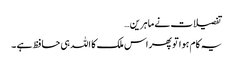
تفصیلات نے ماہرین…
یہ کام ہوا تو پھر اس ملک کا اللہ ہی حافظ ہے ۔